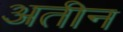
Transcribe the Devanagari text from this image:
अतीन